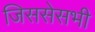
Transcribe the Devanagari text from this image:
जिससेसभी